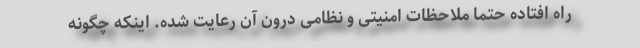
راه افتاده حتما ملاحظات امنیتی و نظامی درون آن رعایت شده. اینکه چگونه